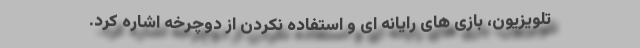
تلویزیون، بازی های رایانه ای و استفاده نکردن از دوچرخه اشاره کرد.